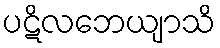
ပဋိလဘေယျာသိ